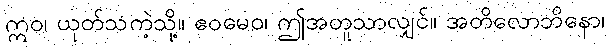
ဣဝ၊ ယုတ်သကဲ့သို့။ ဧဝမေဝ၊ ဤအတူသာလျှင်။ အတိလောဘိနော၊